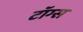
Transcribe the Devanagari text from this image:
टॉग्स